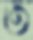
ত